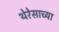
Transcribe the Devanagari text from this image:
थेरेसाच्या